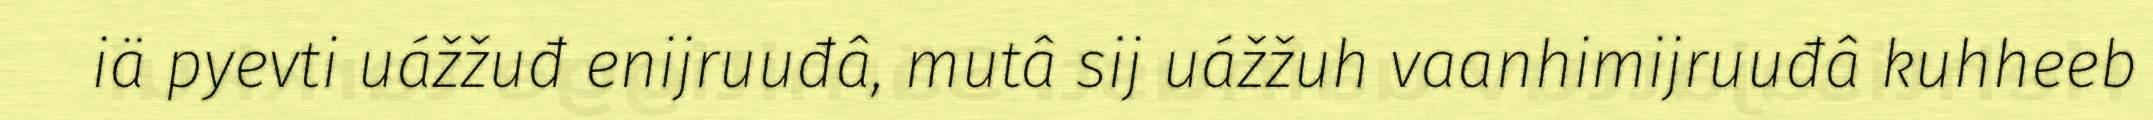
iä pyevti uážžuđ enijruuđâ, mutâ sij uážžuh vaanhimijruuđâ kuhheeb